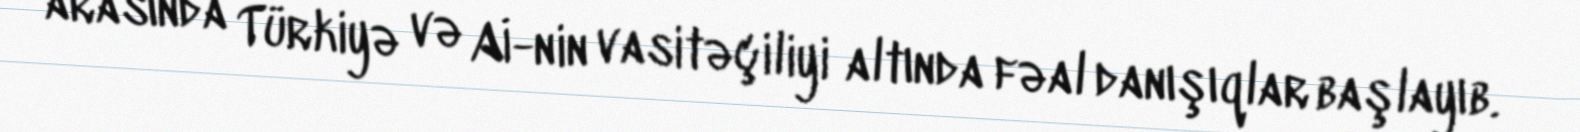
arasında Türkiyə və Aİ-nin vasitəçiliyi altında fəal danışıqlar başlayıb.